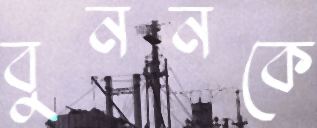
বুননকে